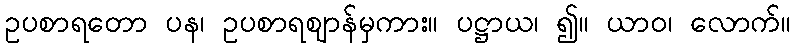
ဥပစာရတော ပန၊ ဥပစာရဈာန်မှကား။ ပဋ္ဌာယ၊ ၍။ ယာဝ၊ လောက်။